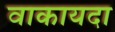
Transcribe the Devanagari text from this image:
वाकायदा